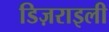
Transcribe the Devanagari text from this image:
डिज़राइली